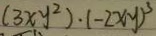
( 3 x y ^ { 2 } ) \cdot ( - 2 x y ) ^ { 3 }